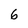
Character: 6